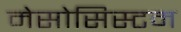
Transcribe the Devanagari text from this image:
मेसोसिस्टम